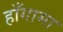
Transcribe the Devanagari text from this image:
हाँगामा